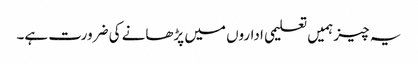
یہ چیز ہمیں تعلیمی اداروں میں پڑھانے کی ضرورت ہے۔